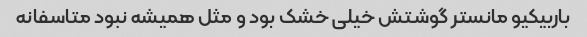
باربیکیو مانستر گوشتش خیلی خشک بود و مثل همیشه نبود متاسفانه